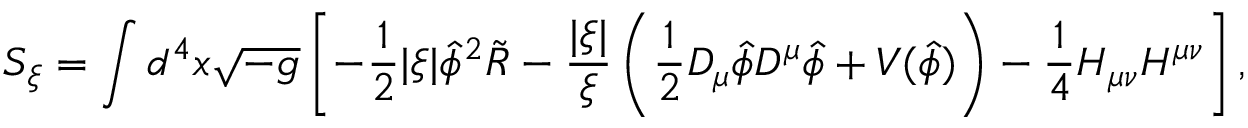
S _ { \xi } = \int d ^ { 4 } x \sqrt { - g } \left[ - { \frac { 1 } { 2 } } | \xi | \hat { \phi } ^ { 2 } \tilde { R } - \frac { | \xi | } { \xi } \left( { \frac { 1 } { 2 } } { \cal D } _ { \mu } \hat { \phi } { \cal D } ^ { \mu } \hat { \phi } + V ( \hat { \phi } ) \right) - { \frac { 1 } { 4 } } H _ { \mu \nu } H ^ { \mu \nu } \right] ,